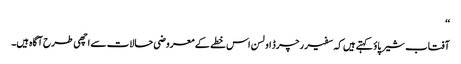
‘‘
آفتاب شیرپاؤ کہتے ہیں کہ سفیر رچرڈ اولسن اس خطے کے معروضی حالات سے اچھی طرح آگاہ ہیں۔